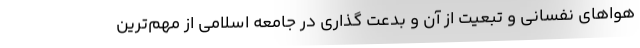
هواهای نفسانی و تبعیت از آن و بدعت گذاری در جامعه اسلامی از مهم‌ترین